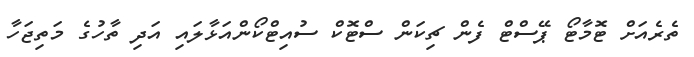
ތެރެއަށް ޓޮމާޓޯ ޕޭސްޓް ފެން ޗިކަން ސްޓޮކް ސުއިޓްކޯންއަޅާލައި އަދި ތާހުގެ މަތިޖަހާ